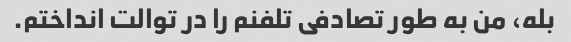
بله، من به طور تصادفی تلفنم را در توالت انداختم.